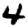
Digit: 4